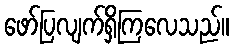
ဖော်ပြလျက်ရှိကြလေသည်။